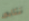
نتابع